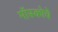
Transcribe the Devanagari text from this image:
मॉस्कोचे